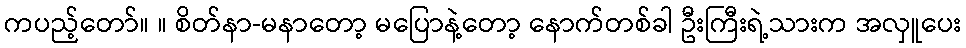
ကပည့်တော်။ ။ စိတ်နာ-မနာတော့ မပြောနဲ့တော့ နောက်တစ်ခါ ဦးကြီးရဲ့သားက အလှူပေး